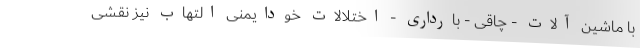
با ماشین آلات - چاقی - بارداری - اختلالات خودایمنی التهاب نیز نقشی